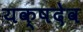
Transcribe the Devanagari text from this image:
यक्षदेव